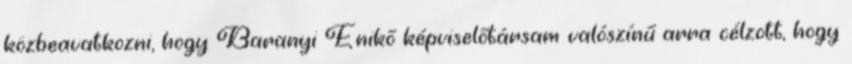
közbeavatkozni, hogy Baranyi Enikő képviselőtársam valószínű arra célzott, hogy